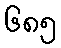
၆၈၅